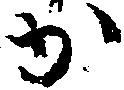
か